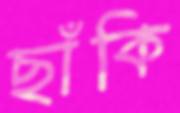
ছাঁকি